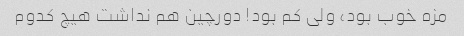
مزه خوب بود، ولی کم بود! دورچین هم نداشت هیچ کدوم